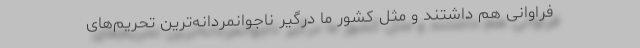
فراوانی هم داشتند و مثل کشور ما درگیر ناجوانمردانه‌ترین تحریم‌های